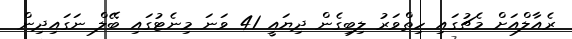
ރެއާލްއަށް މެޗުގައި ހިތްވަރު ލިބިގެން ދިޔައީ 41 ވަނަ މިނެޓުގައި ބޭލް ނަގައިދިން